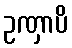
ဥဏှာပိ